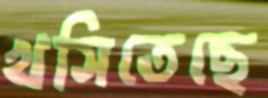
খসিতেছে